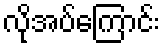
လိုအပ်ကြောင်း